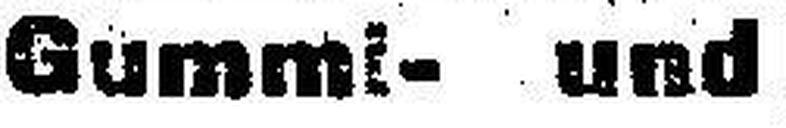
Gummi- und